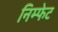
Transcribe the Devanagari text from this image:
निम्फेट